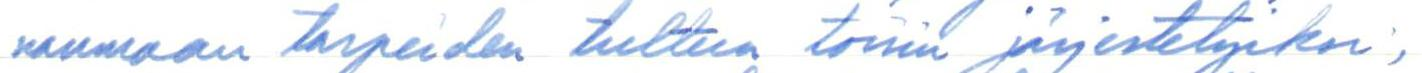
nanmaan tarpeiden tultua toisin järjestetyiksi,